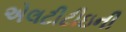
એલટીટીઇની